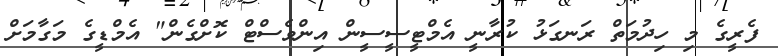
ފެރީގެ މި ހިދުމަތް ރަނގަޅު ކުރާނީ އެމްޓީސީސީން އިންވެސްޓް ކޮށްގެން" އެމްޑީގެ މަގާމަށް